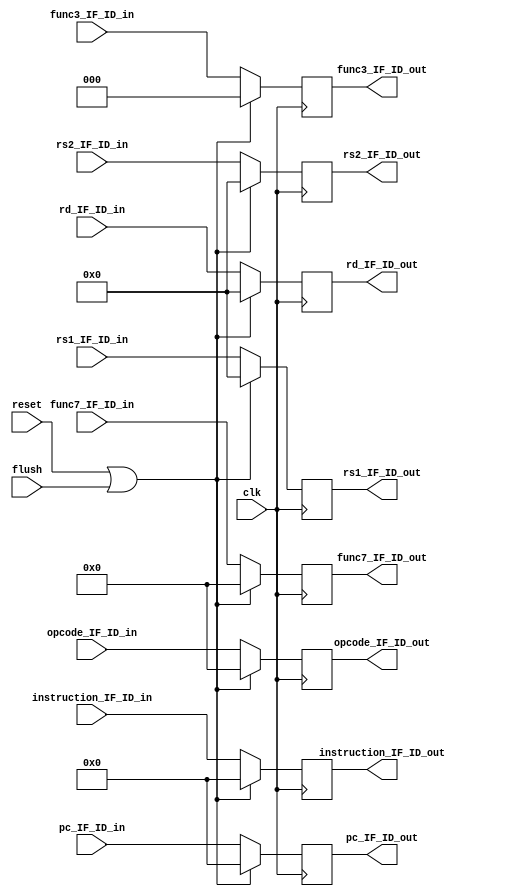
module IF_ID (
    input clk,
    input reset,
    input [31:0] pc_IF_ID_in,
    input [31:0] instruction_IF_ID_in,
    input flush,
    input [2:0] func3_IF_ID_in,
    input [6:0] func7_IF_ID_in,
    input [6:0] opcode_IF_ID_in,
    input [4:0] rs1_IF_ID_in,
    input [4:0] rs2_IF_ID_in,
    input [4:0] rd_IF_ID_in,
    output reg [2:0] func3_IF_ID_out,
    output reg [6:0] func7_IF_ID_out,
    output reg [6:0] opcode_IF_ID_out,
    output reg [4:0] rs1_IF_ID_out,
    output reg [4:0] rs2_IF_ID_out,
    output reg [4:0] rd_IF_ID_out,
    output reg [31:0] pc_IF_ID_out,
    output reg [31:0] instruction_IF_ID_out
);
    always @(posedge clk) begin
        if(reset || flush)
            begin
                pc_IF_ID_out = 32'b0;
                instruction_IF_ID_out = 32'b0;
                func3_IF_ID_out = 3'b0;
                func7_IF_ID_out = 7'b0;
                opcode_IF_ID_out = 7'b0;
                rs1_IF_ID_out = 5'b0;
                rs2_IF_ID_out = 5'b0;
                rd_IF_ID_out = 5'b0;
            end
        else
            begin
            pc_IF_ID_out = pc_IF_ID_in;
            instruction_IF_ID_out = instruction_IF_ID_in;
            func3_IF_ID_out = func3_IF_ID_in;
            func7_IF_ID_out = func7_IF_ID_in;
            opcode_IF_ID_out = opcode_IF_ID_in;
            rs1_IF_ID_out = rs1_IF_ID_in;
            rs2_IF_ID_out = rs2_IF_ID_in;
            rd_IF_ID_out = rd_IF_ID_in;
            end
    end
endmodule